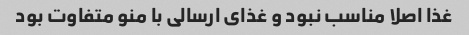
غذا اصلا مناسب نبود و غذای ارسالی با منو متفاوت بود